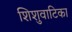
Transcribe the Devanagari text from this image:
शिशुवाटिका